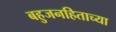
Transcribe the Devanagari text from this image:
बहुजनहिताच्या